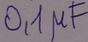
Text: 0,1µF